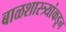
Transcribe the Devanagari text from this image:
बाळशास्त्र्यांकडून